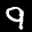
Label: 9